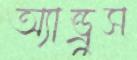
অ্যান্ড্রুস